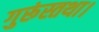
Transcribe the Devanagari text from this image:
गुरूंस्तथा।